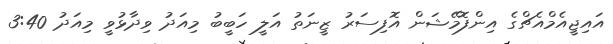
އައިޖީއެމްއެޗްގެ އިންފޮމޭޝަން އޮފިސަރު ޒީނަތު އަލީ ހަބީބު މިއަދު ވިދާޅުވީ މިއަދު 3:40